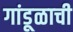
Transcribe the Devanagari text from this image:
गांडूळाची